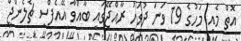
އޮތް މެއި މަހުގެ 19 ވަނަ ދުވަހު ރާއްޖޭގައި ބާއްވާ އޭއެފްސީ ޗެލެންޖް